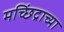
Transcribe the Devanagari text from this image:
मच्छिंद्राच्या